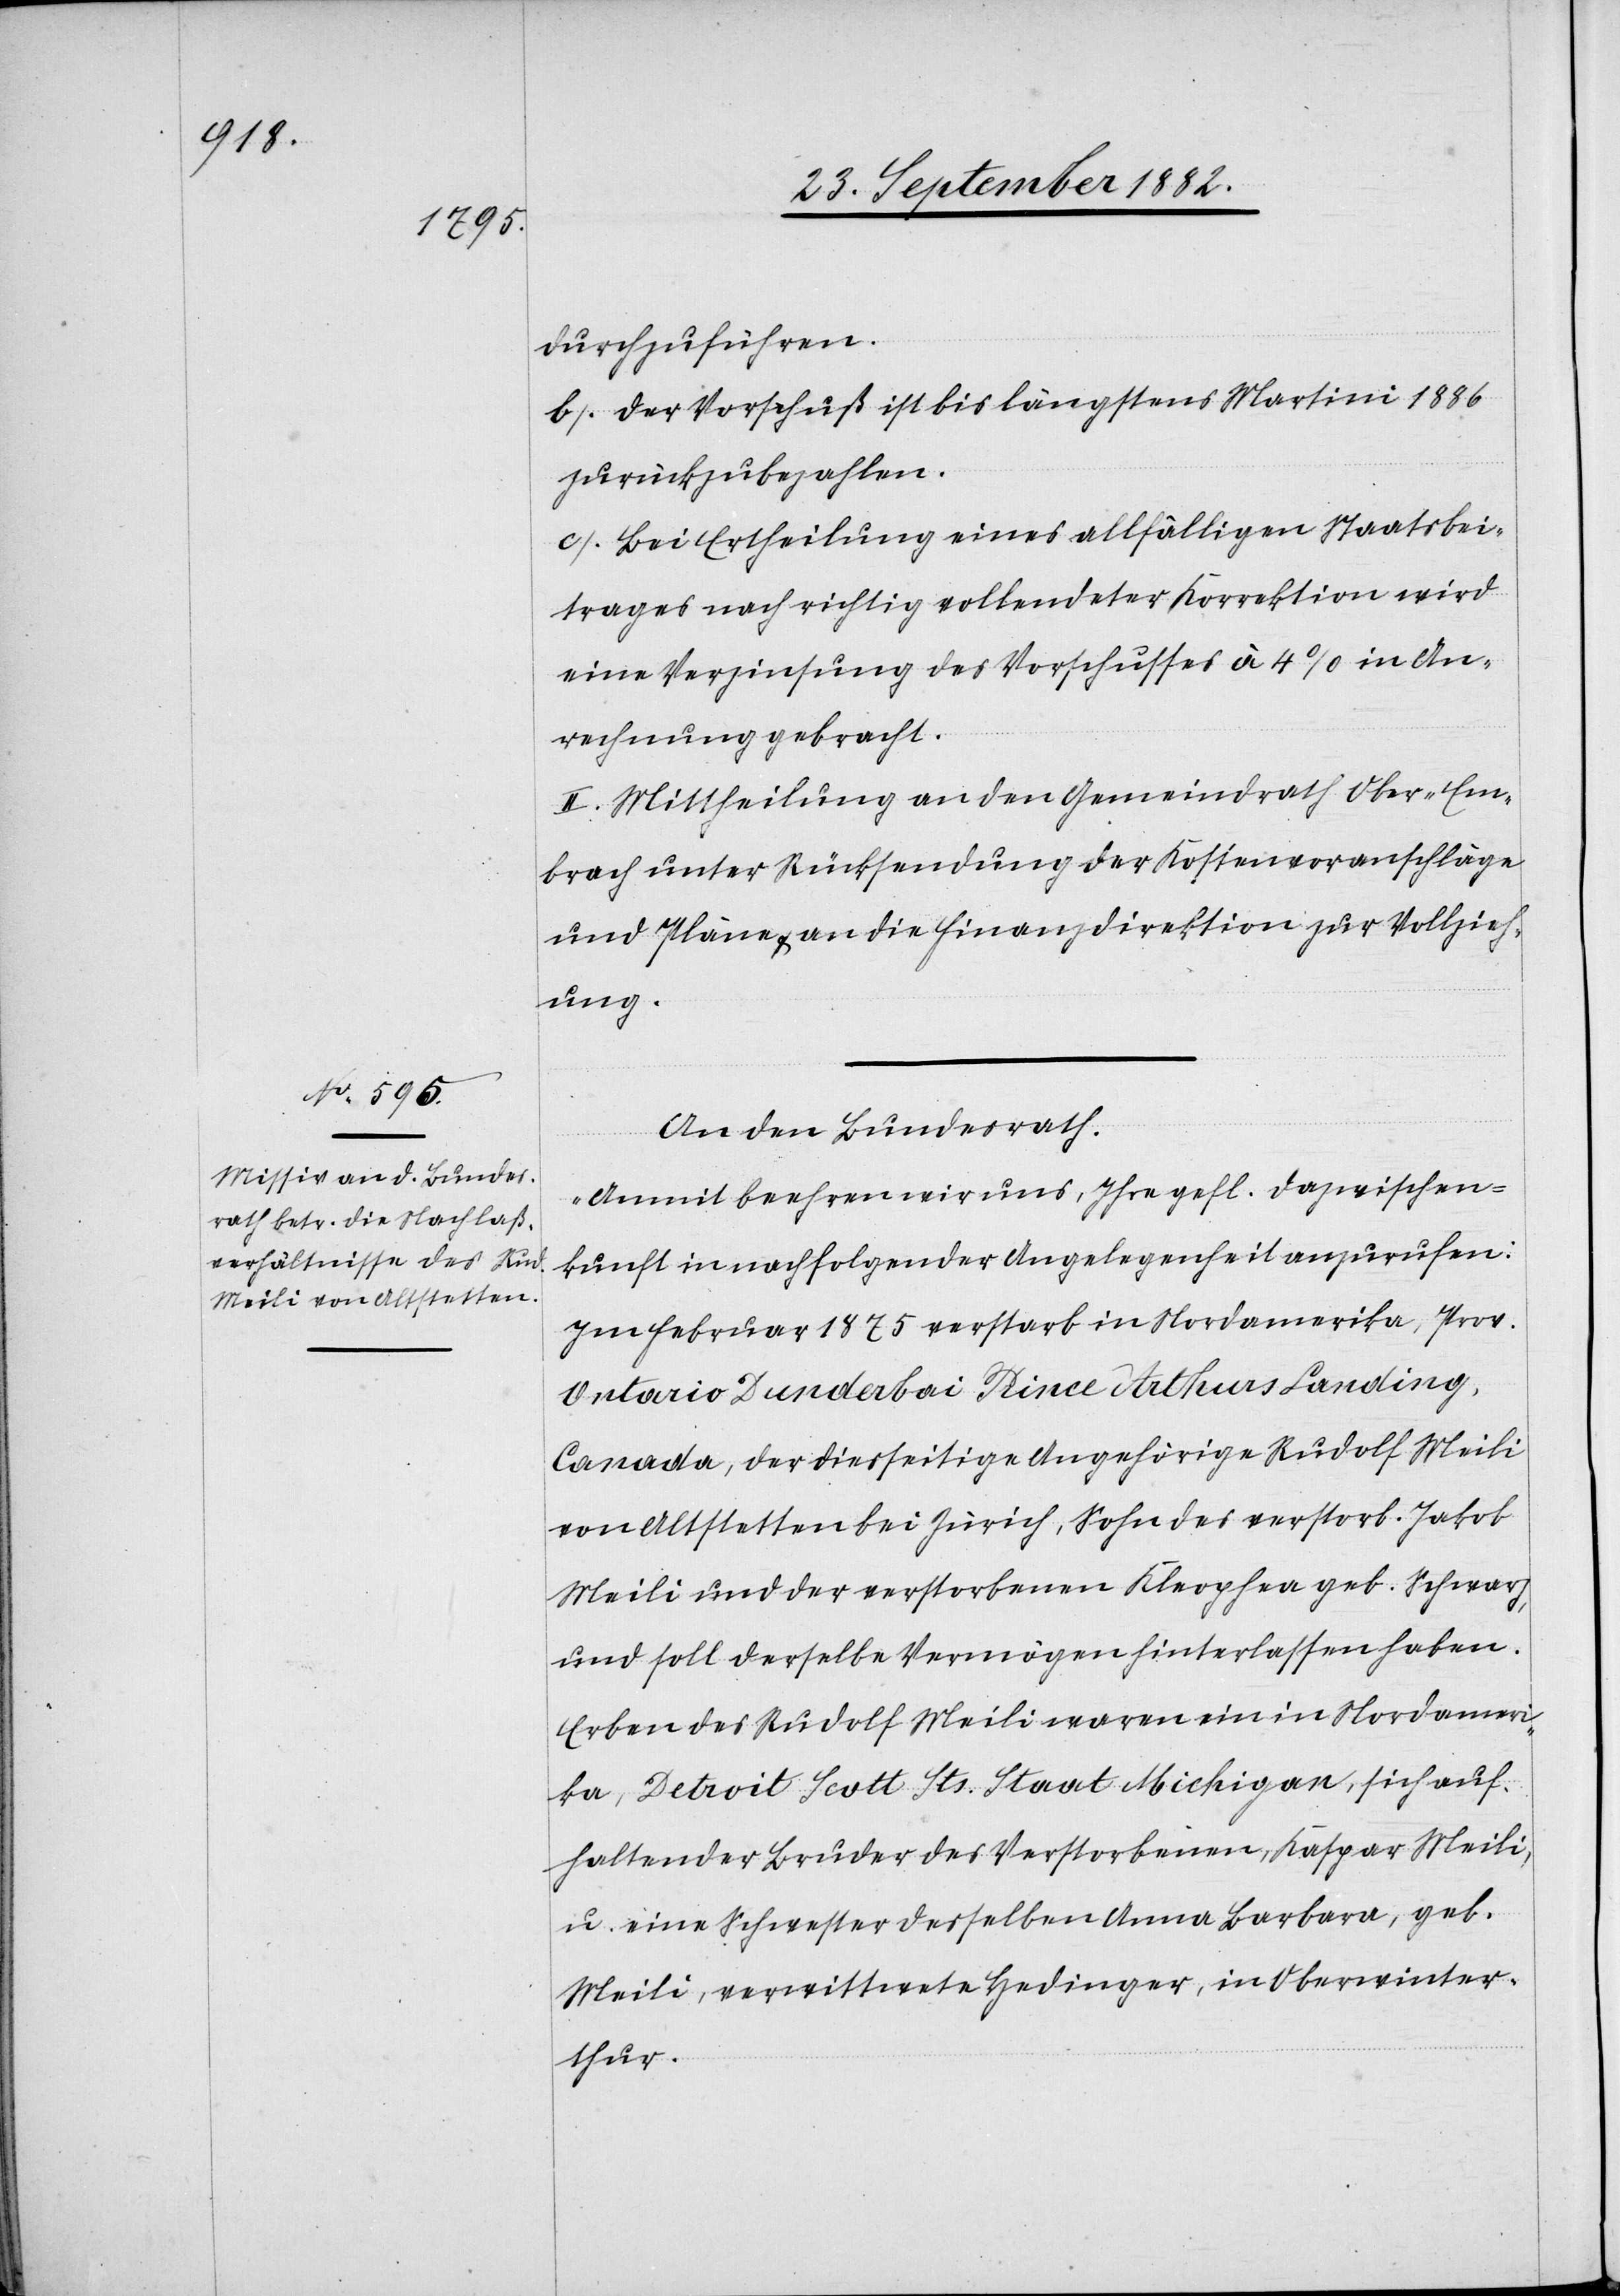
durchzuführen.
b) Der Vorschuß ist bis längstens Martini 1886
zurückzubezahlen.
c) Bei Ertheilung eines allfälligen Staatsbei¬
trages nach richtig vollendeter Korrektion wird
eine Verzinsung des Vorschusses à 4% in An¬
rechnung gebracht.
II. Mittheilung an den Gemeindrath Ober-Em¬
brach unter Rücksendung der Kostenvoranschläge
und Pläne & an die Finanzdirektion zur Vollzieh¬
ung.
An den Bundesrath.
„Anmit beehren wir uns, Ihre gefl. Dazwischen¬
kunft in nachfolgender Angelegenheit anzurufen:
Im Februar 1875 verstarb in Nordamerika, Prov.
Ontario Dunderbai Prince Arthur Landing,
Canada, der diesseitige Angehörige Rudolf Meili
von Altstetten bei Zürich, Sohn des verstorb. Jakob
Meili und der verstorbenen Kleophea geb. Schwarz,
und soll derselbe Vermögen hinterlassen haben.
Erben des Rudolf Meili waren ein in Nordameri¬
ka, Detroit Scott Sts. Staat Michigan, sich auf¬
haltender Bruder des Verstorbenen, Kaspar Meili,
u. eine Schwester desselben Anna Barbara, geb.
Meili, verwittwete Hedinger, in Oberwinter¬
thur.